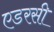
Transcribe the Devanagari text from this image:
एडरसी